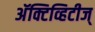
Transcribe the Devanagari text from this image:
अॅक्टिव्हिटीज्